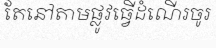
តែនៅតាមផ្លូវធ្វើដំណើរចូរ